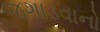
જગાડવાનો